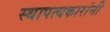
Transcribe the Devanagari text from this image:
स्थापत्यकारांनी